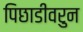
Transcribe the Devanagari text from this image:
पिछाडीवरुन